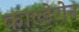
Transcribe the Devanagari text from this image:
काल्डेरोन